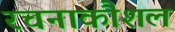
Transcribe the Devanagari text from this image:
रचनाकौशल